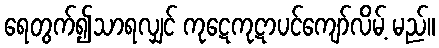
ရေတွက်၍သာရလျှင် ကုဋေကုဋာပင်ကျော်လိမ့် မည်။